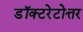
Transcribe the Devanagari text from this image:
डॉक्टरेटोत्तर